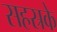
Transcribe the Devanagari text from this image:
सहस्रके